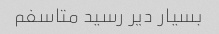
بسیار دیر رسید متاسفم